Lunatic asylums United Prov. 1922-30 - 1922-1930
Year: 1922
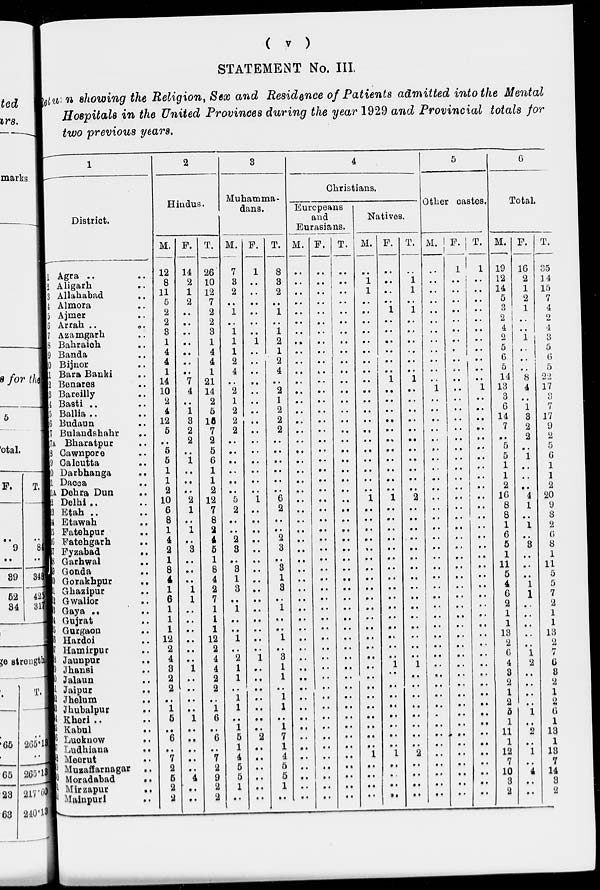
( v )
STATEMENT No. III.
Return showing the Religion, Sex and Residence of Patients admitted into the Mental
Hospitals in the United Provinces during the year 1929 and Provincial totals for
two previous years.
1
District.
1 Agra ..
2 Aligarh ..
3 Allahabad ..
4 Almora ..
5 Ajmer ..
6 Arrah ..
..
7 Azamgarh ..
8 Bahraich ..
9 Banda ..
10 Bijnor ..
11 Bara Banki ..
12 Benares ..
13 Bareilly ..
14 Basti .. ..
15 Ballia .. ..
16 Budaun ..
17 Bulandshahr
..
17A Bharatpur ..
18 Cawnpore ..
19 Calcutta ..
20 Darbhanga ..
21 Dacca ..
21A Dehra Dun
..
22 Delhi .. ..
23 Etah .. ..
24 Etawah ..
25 Fatehpur ..
26 Fatehgarh ..
27 Fyzabad ..
28 Garhwal ..
29 Gonda ..
30 Gorakhpur ..
31 Ghazipur ..
32 Gwalior ..
33 Gaya ..
34 Gujrat ..
35 Gurgaon ..
36 Hardoi ..
37 Hamirpur ..
38 Jaunpur ..
39 Jhansi ..
40 Jalaun ..
41 Jaipur ..
42 Jhelum ..
43 Jhubalpur ..
44 Kheri .. ..
45 Kabul ..
46 Lucknow ..
47 Ludhiana ..
48 Meerut ..
49 Muzaffarnagar
..
50 Moradabad
..
51 Mirzapur
..
52 Malnpuri ..
2
Hindus.
M.
12
8
11
5
2
2
3
1
4
4
1
14
10
2
4
12
5
..
5
5
1
1
2
10
6
8
1
4
2
1
8
4
1
6
1
1
1
12
2
4
3
2
2
..
1
5
..
6
..
7
2
5
2
2
F.
14
2
1
2
..
..
..
..
..
..
..
7
4
..
1
3
2
2
..
1
..
..
..
2
1
..
1
..
3
..
..
..
1
1
..
..
..
..
..
..
1
..
..
..
..
1
..
..
..
..
..
4
..
..
T.
26
10
12
7
2
2
3
1
4
4
1
21
14
2
5
15
7
2
5
6
1
1
2
12
7
8
2
4
5
1
8
4
2
7
1
1
1
12
2
4
4
2
2
..
1
6
..
6
..
7
2
9
2
2
3
Muhamma-
dans.
M.
7
3
2
..
1
..
1
1
1
2
4
..
2
1
2
2
2
..
..
..
..
..
..
5
2
..
..
2
3
..
3
1
3
..
1
..
..
1
..
2
1
1
..
1
1
..
1
5
1
4
5
5
1
..
F.
1
..
..
..
..
..
..
1
..
..
..
..
..
..
..
..
..
..
..
..
..
..
..
1
..
..
..
..
..
..
..
..
..
..
..
..
..
..
..
1
..
..
..
..
..
..
..
2
..
..
..
..
..
..
T.
8
3
2
..
1
..
1
2
1
2
4
..
2
1
2
2
2
..
..
..
..
..
..
6
2
..
..
2
3
..
3
1
3
..
1
..
..
1
..
3
1
1
..
1
1
..
1
7
1
4
5
5
1
..
4
Christians.
Europeans
and
Eurasians.
M.
..
..
..
..
..
..
..
..
..
..
..
..
..
..
..
..
..
..
..
..
..
..
..
..
..
..
..
..
..
..
..
..
..
..
..
..
..
..
..
..
..
..
..
..
..
..
..
..
..
..
..
..
..
..
F.
..
..
..
..
..
..
..
..
..
..
..
..
..
..
..
..
..
..
..
..
..
..
..
..
..
..
..
..
..
..
..
..
..
..
..
..
..
..
..
..
..
..
..
..
..
..
..
..
..
..
..
..
..
..
T.
..
..
..
..
..
..
..
..
..
..
..
..
..
..
..
..
..
..
..
..
..
..
..
..
..
..
..
..
..
..
..
..
..
..
..
..
..
..
..
..
..
..
..
..
..
..
..
..
..
..
..
..
..
..
Natives.
M.
..
1
1
..
..
..
..
..
..
..
..
..
..
..
..
..
..
..
..
..
..
..
..
1
..
..
..
..
..
..
..
..
..
..
..
..
..
..
..
..
..
..
..
..
..
..
..
..
..
1
..
..
..
..
F.
..
..
..
..
1
..
..
..
..
..
..
1
..
..
..
..
..
..
..
..
..
..
..
1
..
..
..
..
..
..
..
..
..
..
..
..
..
..
..
..
1
..
..
..
..
..
..
..
..
1
..
..
..
..
T.
..
1
1
..
1
..
..
..
..
..
..
1
..
..
..
..
..
..
..
..
..
..
..
2
..
..
..
..
..
..
..
..
..
..
..
..
..
..
..
..
1
..
..
..
..
..
..
..
..
2
..
..
..
..
5
Other castes.
M.
..
..
..
..
..
..
..
..
..
..
..
..
1
..
..
..
..
..
..
..
..
..
..
..
..
..
..
..
..
..
..
..
..
..
..
..
..
..
..
..
..
..
..
..
..
..
..
..
..
..
..
..
..
..
F.
1
..
..
..
..
..
..
..
..
..
..
..
..
..
..
..
..
..
..
..
..
..
..
..
..
..
..
..
..
..
..
..
..
..
..
..
..
..
..
..
..
..
..
..
..
..
..
..
..
..
..
..
..
..
T.
1
..
..
..
..
..
..
..
..
..
..
..
1
..
..
..
..
..
..
..
..
..
..
..
..
..
..
..
..
..
..
..
..
..
..
..
..
..
..
..
..
..
..
..
..
..
..
..
..
..
..
..
..
..
6
Total.
M.
19
12
14
5
3
2
4
2
5
6
5
14
13
3
6
14
7
..
5
5
1
1
2
16
8
8
1
6
5
1
11
5
4
6
2
1
1
13
2
6
4
3
2
1
2
5
1
11
1
12
7
10
3
2
F.
16
2
1
2
1
..
..
1
..
..
..
8
4
..
1
3
2
2
..
1
..
..
..
4
1
..
1
..
3
..
..
..
1
1
..
..
..
..
..
1
2
..
..
..
..
1
..
2
..
1
..
4
..
..
T.
35
14
15
7
4
2
4
3
5
6
5
22
17
3
7
17
9
2
5
6
1
1
2
20
9
8
2
6
8
1
11
5
5
7
2
1
1
13
2
7
6
3
2
1
2
6
1
13
1
13
7
14
3
2